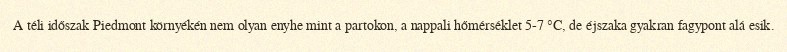
A téli időszak Piedmont környékén nem olyan enyhe mint a partokon, a nappali hőmérséklet 5-7 °C, de éjszaka gyakran fagypont alá esik.